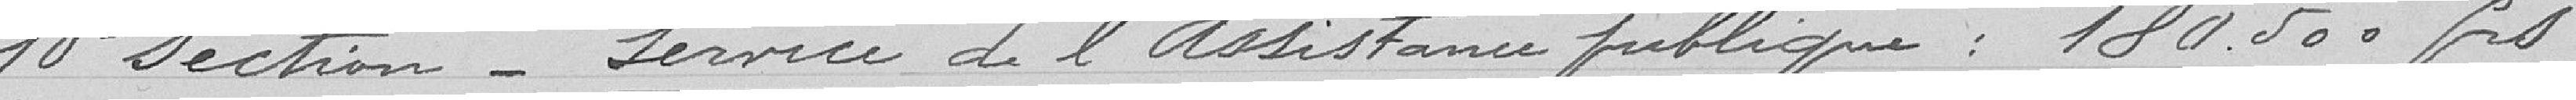
10 Section_ Service de l'Assistance publique : 180.000 frs